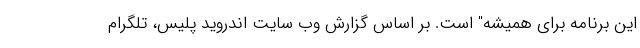
این برنامه برای همیشه" است. بر اساس گزارش وب سایت اندروید پلیس، تلگرام